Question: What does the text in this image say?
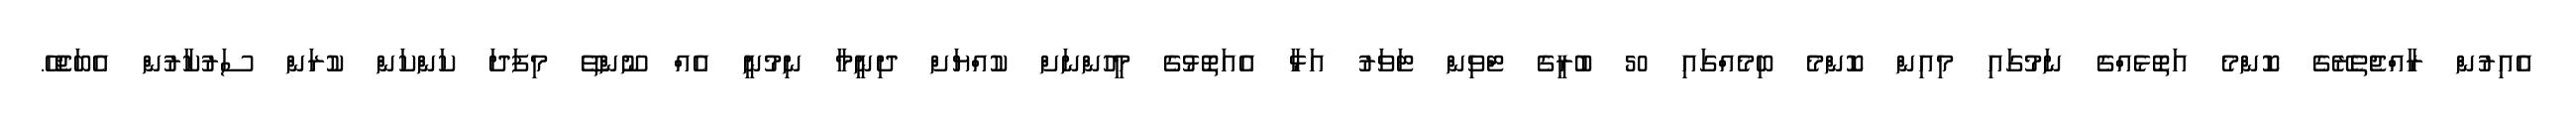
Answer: އެއިރުން ރާއްޖެތެރޭގެ ކޮންމެ އަތޮޅެއްގެ ނަމުގައި މިއިން ކޮންމެ ބިމެއްގައި 50 ބުރީގެ ޓްވިން ޓަވަރު އަޅާ އެއަތޮޅުގެ މީހުންނަށް ކުއްޔަށް ދިނީމާ ނިމުނީ އެއް ނޫންތޭ މިފަދަ ކަންކަން ކުރަން ސަރުކާރުން އެބަޖެހޭ.